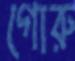
গোরু